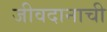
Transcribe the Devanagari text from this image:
जीवदानाची